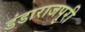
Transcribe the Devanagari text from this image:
डंडाराजपुरी